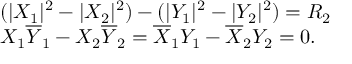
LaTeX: \begin{array} { l c r } { { ( | X _ { 1 } | ^ { 2 } - | X _ { 2 } | ^ { 2 } ) - ( | Y _ { 1 } | ^ { 2 } - | Y _ { 2 } | ^ { 2 } ) = R _ { 2 } } } \\ { { X _ { 1 } \overline { { { Y } } } _ { 1 } - X _ { 2 } \overline { { { Y } } } _ { 2 } = \overline { { { X } } } _ { 1 } Y _ { 1 } - \overline { { { X } } } _ { 2 } Y _ { 2 } = 0 . } } \end{array}